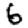
Digit: 6